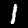
Label: 1